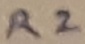
Text: R2